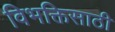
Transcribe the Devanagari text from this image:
विभक्तिसाठी